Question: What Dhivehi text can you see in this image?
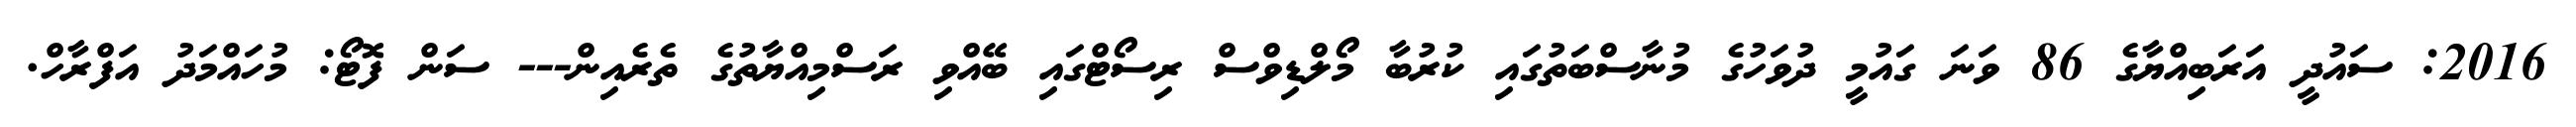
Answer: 2016: ސައުދީ އަރަބިއްޔާގެ 86 ވަނަ ގައުމީ ދުވަހުގެ މުނާސްބަތުގައި ކުރުބާ މޯލްޑިވްސް ރިސޯޓްގައި ބޭއްވި ރަސްމިއްޔާތުގެ ތެރެއިން--- ސަން ފޮޓޯ: މުހައްމަދު އަފްރާހް.